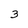
Character: 3